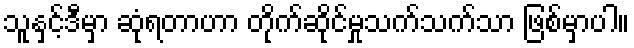
သူနှင့်ဒီမှာ ဆုံရတာဟာ တိုက်ဆိုင်မှုသက်သက်သာ ဖြစ်မှာပါ။